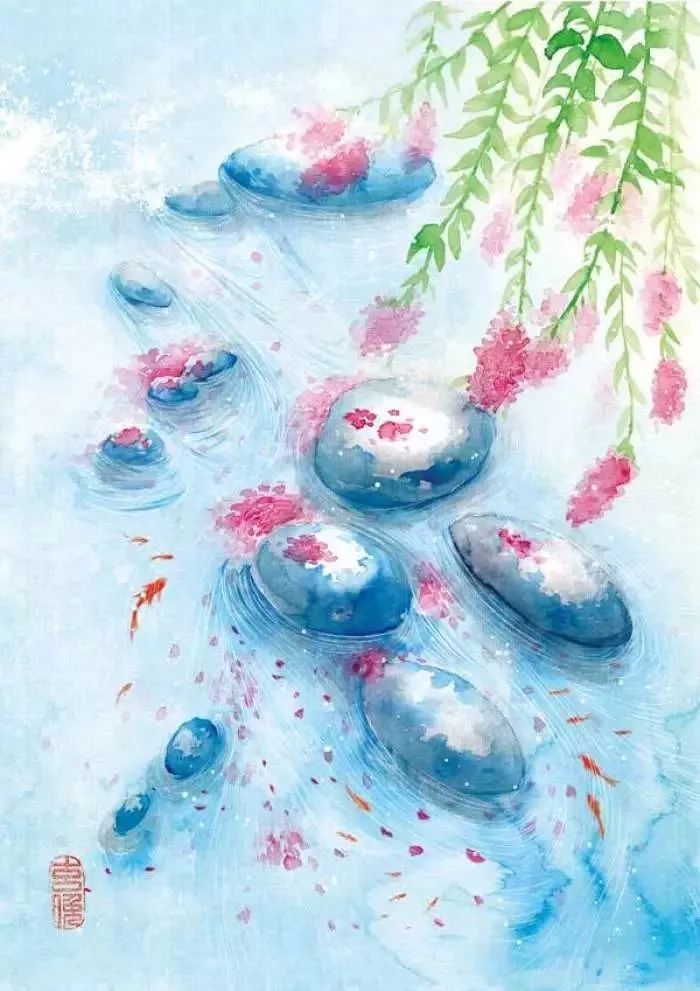
前村后垄桑柘深，东邻西舍无相侵。